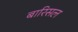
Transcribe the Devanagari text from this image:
बारिसल